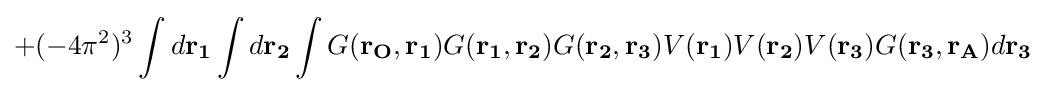
+(-4\pi ^{2})^{3}\int d\mathbf {r_{1}} \int d\mathbf {r_{2}} \int G(\mathbf {r_{O},r_{1}} )G(\mathbf {r_{1},r_{2}} )G(\mathbf {r_{2},r_{3}} )V(\mathbf {r_{1}} )V(\mathbf {r_{2}} )V(\mathbf {r_{3}} )G(\mathbf {r_{3},r_{A}} )d\mathbf {r_{3}}